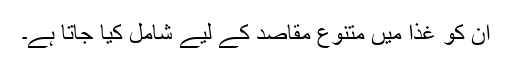
ان کو غذا میں متنوع مقاصد کے لیے شامل کیا جاتا ہے۔